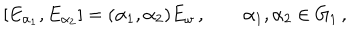
[ E _ { \alpha _ { 1 } } , E _ { \alpha _ { 2 } } ] = ( \alpha _ { 1 } , \alpha _ { 2 } ) E _ { \omega } \, , \qquad \alpha _ { 1 } , \alpha _ { 2 } \in G _ { 1 } \, ,